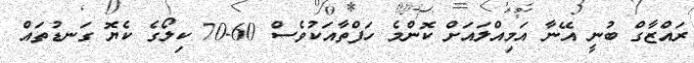
ރައްޒާގް ބުނީ އޭނާ އަމިއްލައަށް ކޮންމެ ހަފްތާއަކުވެސް 60-70 ކިލޯގެ ކެޔޮ ގަނޑުތައް